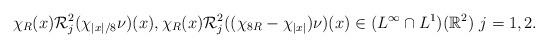
LaTeX: \begin{align*}\chi_R(x)\mathcal{R}_j^2(\chi_{|x|/8}\nu)(x), \chi_R(x)\mathcal{R}_j^2((\chi_{8R}-\chi_{|x|})\nu)(x)\in (L^\infty\cap L^1)(\mathbb{R}^2) ~j=1,2.\end{align*}